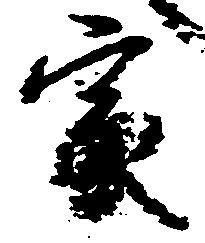
家